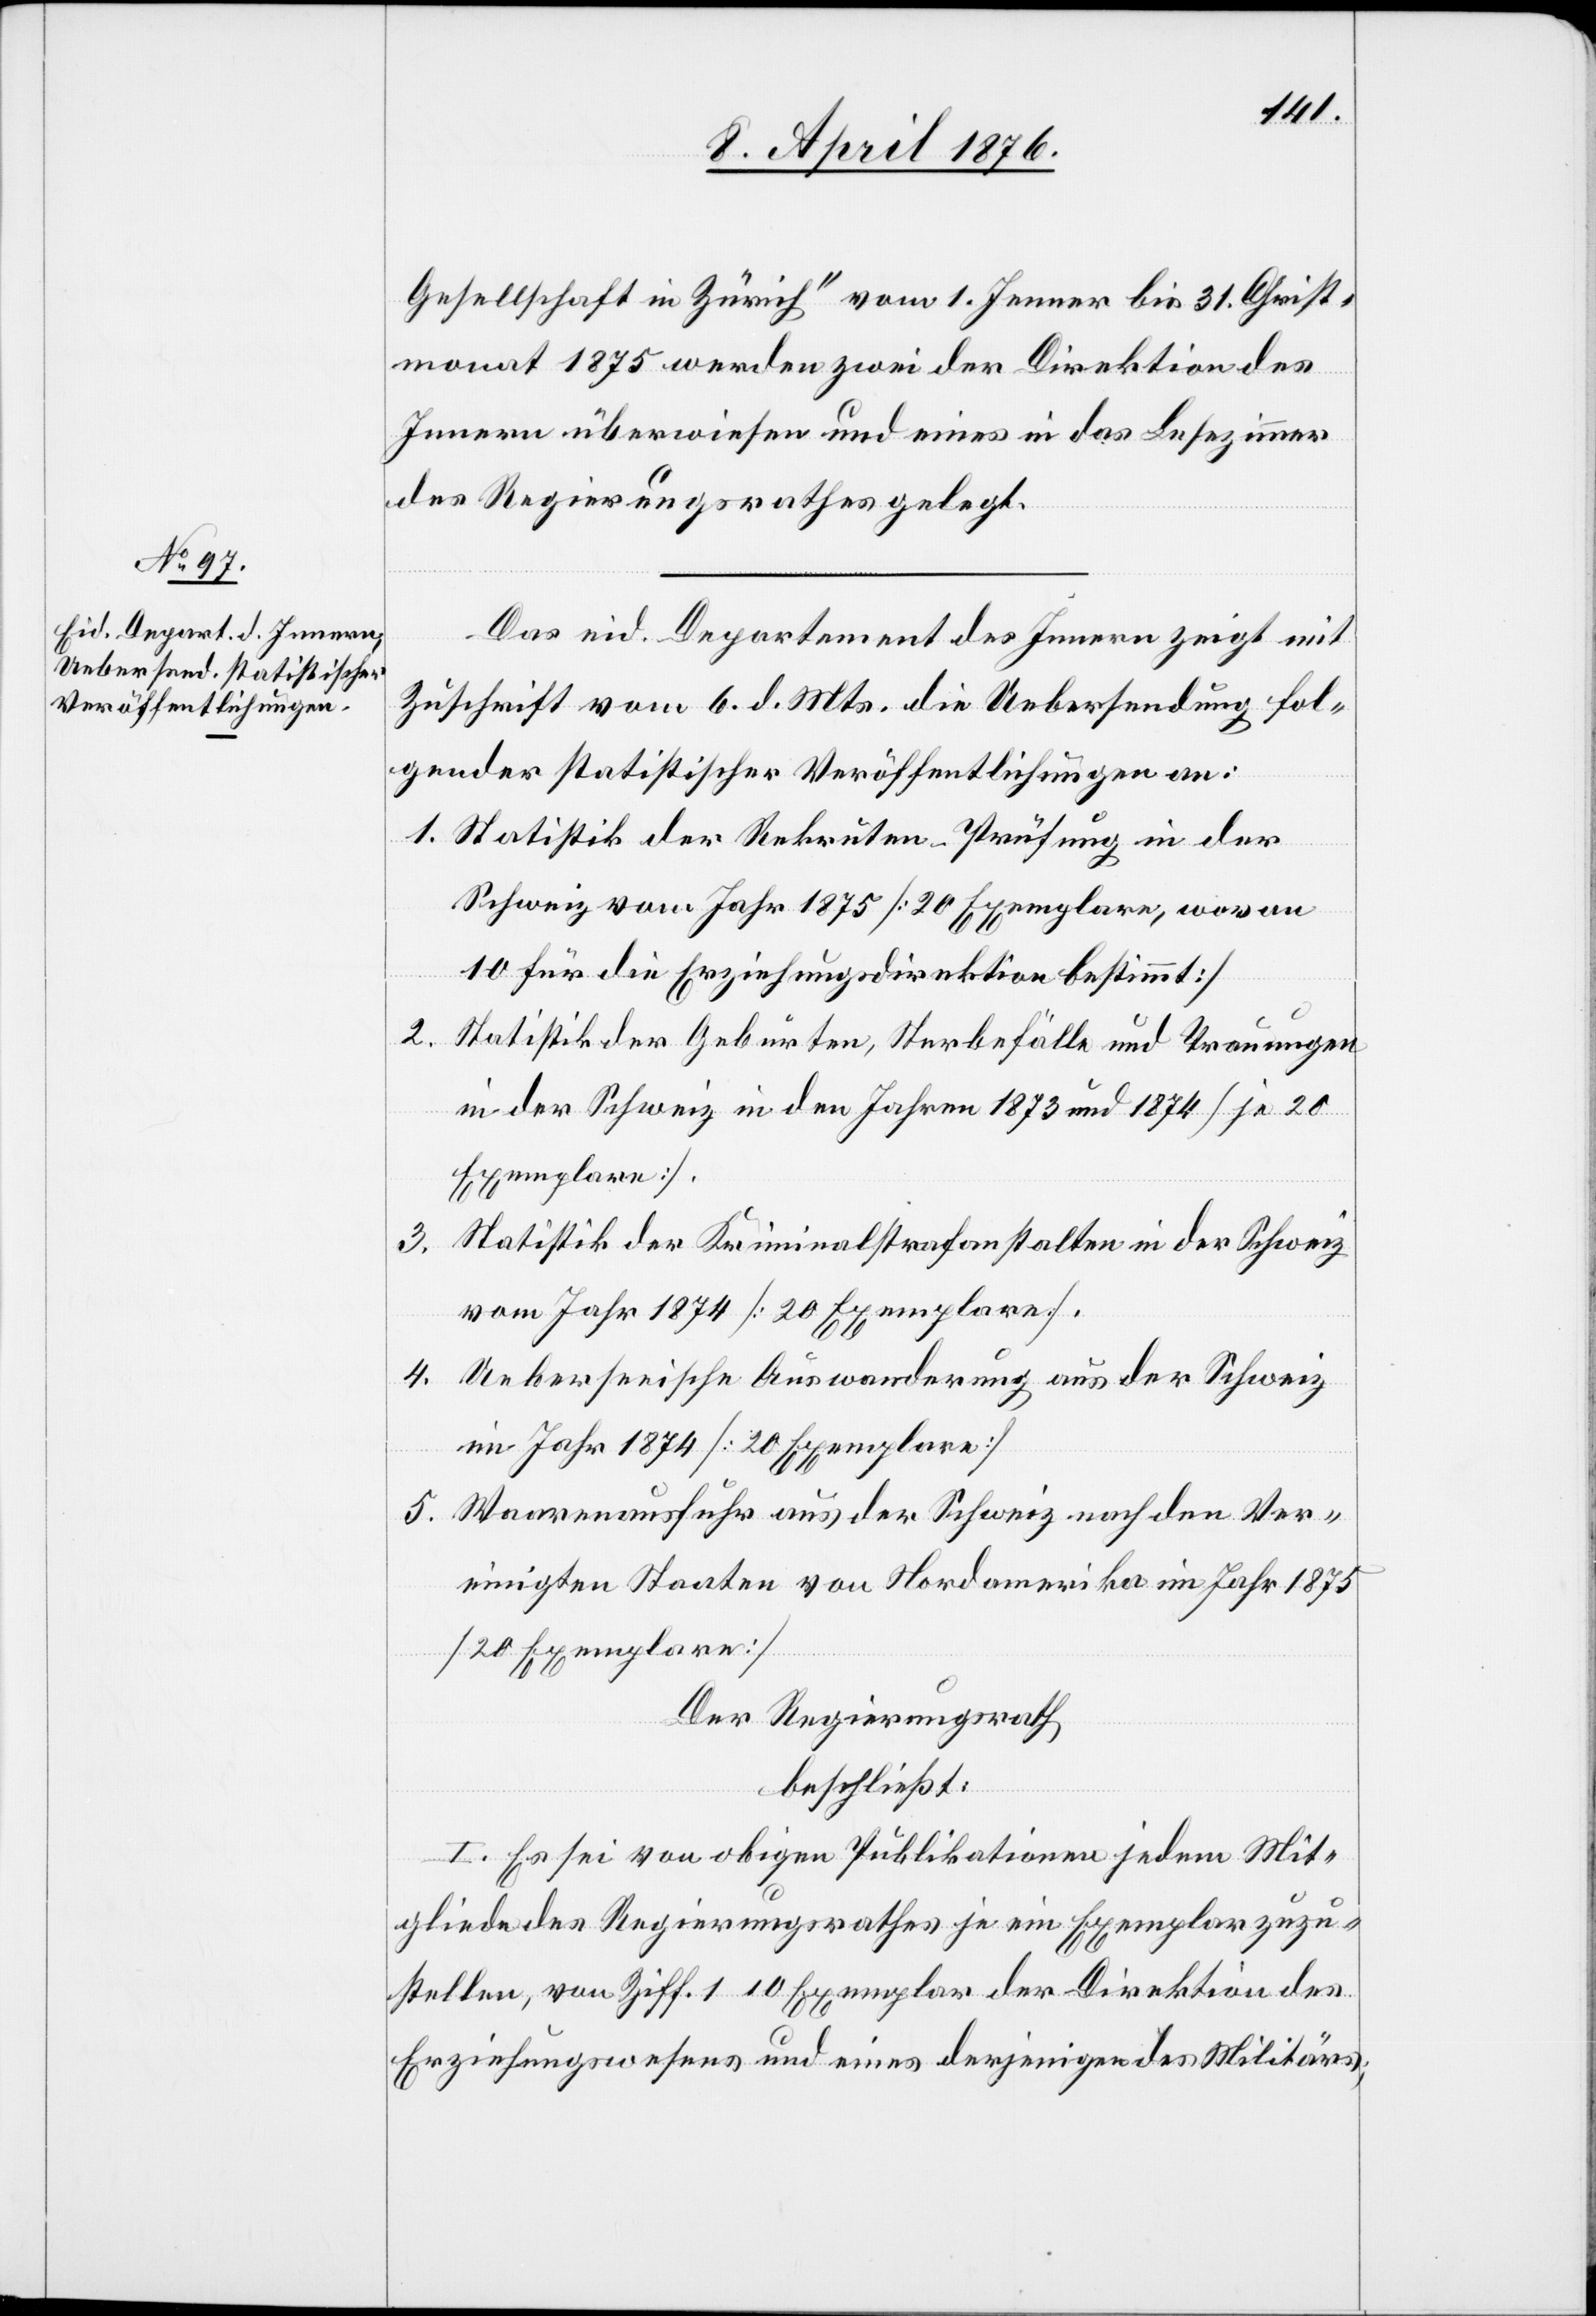
Gesellschaft in Zürich“ vom 1. Jenner bis 31. Christ¬
monat 1875 werden zwei der Direktion des
Innern überwiesen und eines in das Lesezimmer
des Regierungsrathes gelegt.
Das eid. Departement des Innern zeigt mit
Zuschrift vom 6. d. Mts. die Uebersendung fol¬
gender statistischer Veröffentlichungen an:
1. Statistik der Rekruten-Prüfung in der
Schweiz vom Jahr 1875 [20 Exemplare, wovon
10 für die Erziehungsdirektion bestimmt]
2. Statistik der Geburten, Sterbefälle und Trauungen
in der Schweiz in den Jahren 1873 und 1874 [je 20
Exemplare]
3. Statistik der Kriminalstrafanstalten in der Schweiz
vom Jahr 1874 [20 Exemplare]
4. Ueberseeische Auswanderung aus der Schweiz
im Jahr 1874 [20 Exemplare]
5. Waarenausfuhr aus der Schweiz nach den Ver¬
einigten Staaten von Nordamerika im Jahr 1875
[20 Exemplare]
Der Regierungsrath,
beschließt:
I. Es sei von obigen Publikationen jedem Mit¬
gliede des Regierungsrathes je ein Exemplar zuzu¬
stellen, von Ziff. 1 10 Exemplar[e] der Direktion des
Erziehungswesens und eines derjenigen des Militärs;